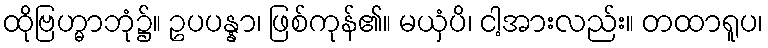
ထိုဗြဟ္မာဘုံ၌။ ဥပပန္နာ၊ ဖြစ်ကုန်၏။ မယှံပိ၊ ငါ့အားလည်း။ တထာရူပ၊